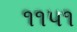
૧૧૫૧